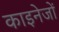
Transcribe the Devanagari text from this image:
काइनेजों